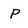
Character: P